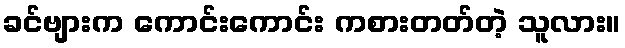
ခင်ဗျားက ကောင်းကောင်း ကစားတတ်တဲ့ သူလား။